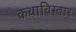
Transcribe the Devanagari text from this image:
कथाविस्तार